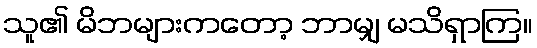
သူ၏ မိဘများကတော့ ဘာမျှ မသိရှာကြ။